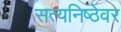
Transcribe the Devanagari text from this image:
सत्यनिष्ठेवर